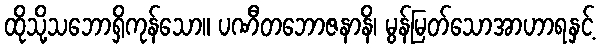
ထိုသို့သဘောရှိကုန်သော။ ပဏီတဘောဇနာနိ၊ မွန်မြတ်သောအာဟာရနှင့်